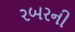
રબરની